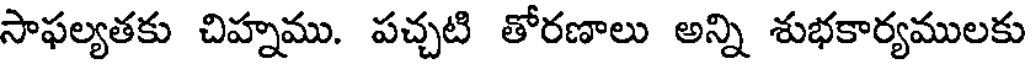
సాఫల్యతకు చిహ్నము. పచ్చటి తోరణాలు అన్ని శుభకార్యములకు